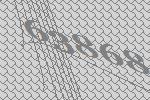
63868